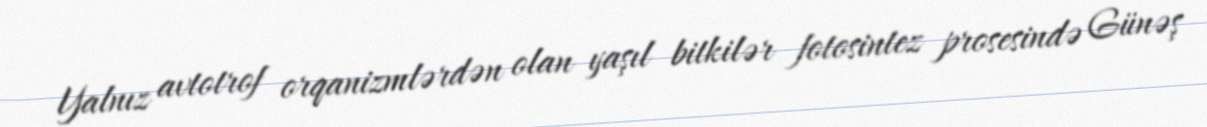
Yalnız avtotrof orqanizmlərdən olan yaşıl bitkilər fotosintez prosesində Günəş